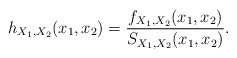
\begin{align*}h_{X_{1},X_{2}}(x_{1},x_{2})=\frac{f_{X_{1},X_{2}}(x_{1},x_{2})}{S_{X_{1},X_{2}}(x_{1},x_{2})}. \end{align*}